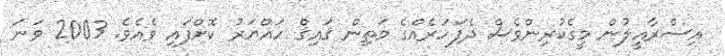
އިސްރާއީލުން މީގެކުރިންވެސް ދެފަހަރެއްގެ މަތިން ޤައިޤް ހައްޔަރު ކޮށްފައި ވެއެވެ. 2003 ވަނަ